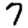
Digit: 7